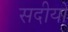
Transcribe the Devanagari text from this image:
सदीयो